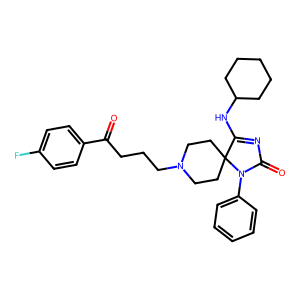
SMILES: O=C(CCCN1CCC2(CC1)C(NC1CCCCC1)=NC(=O)N2c1ccccc1)c1ccc(F)cc1
Inhibits HIV replication: No